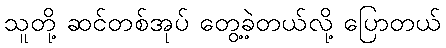
သူတို့ ဆင်တစ်အုပ် တွေ့ခဲ့တယ်လို့ ပြောတယ်